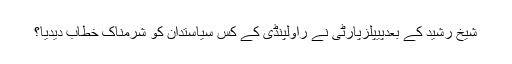
شیخ رشید کے بعدپیپلزپارٹی نے راولپنڈی کے کس سیاستدان کو شرمناک خطاب دیدیا؟